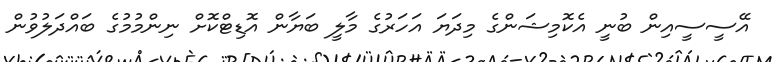
އޭސީސީއިން ބުނީ އެކޮމިޝަންގެ މިދަޔަ އަހަރުގެ މާލީ ބަޔާން އޮޑިޓްކޮށް ނިންމުމުގެ ބައްދަލުވުން